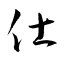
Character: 仕